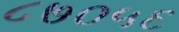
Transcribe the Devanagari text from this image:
८७०५६